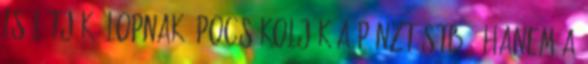
is látják: lopnak, pocsékolják a pénzt stb., hanem a